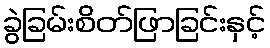
ခွဲခြမ်းစိတ်ဖြာခြင်းနှင့်